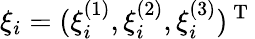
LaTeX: \xi_{i}=(\xi_{i}^{(1)},\xi_{i}^{(2)},\xi_{i}^{(3)})^{\mathrm{~T~}}